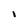
Character: I